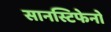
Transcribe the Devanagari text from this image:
सानस्टिफेनो